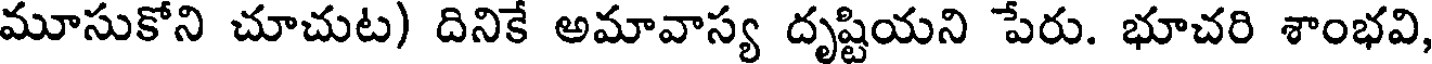
మూసుకోని చూచుట) దినికే అమావాస్య దృష్టియని పేరు. భూచరి శాంభవి,